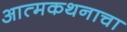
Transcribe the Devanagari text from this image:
आत्मकथनाचा